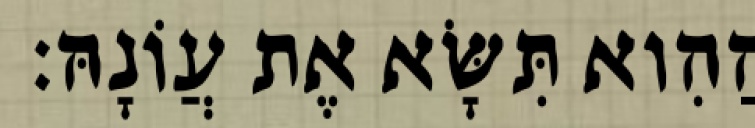
הַהִוא תִּשָּׂא אֶת עֲוֹנָהּ׃